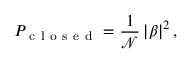
P _ { \mathrm { ~ c ~ l ~ o ~ s ~ e ~ d ~ } } = \frac { 1 } { \mathcal { N } } \left| \beta \right| ^ { 2 } ,